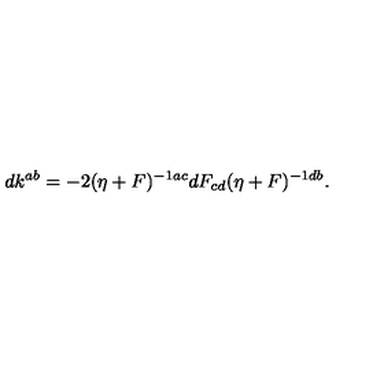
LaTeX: d k ^ { a b } = - 2 ( \eta + F ) ^ { - 1 a c } d F _ { c d } ( \eta + F ) ^ { - 1 d b } .